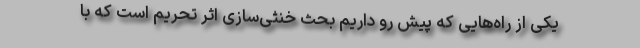
یکی از راه‌هایی که پیش رو داریم بحث خنثی‌سازی اثر تحریم است که با